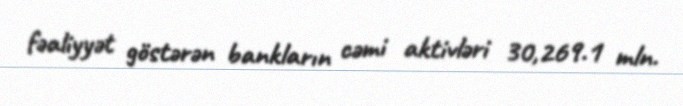
fəaliyyət göstərən bankların cəmi aktivləri 30,269.1 mln.